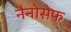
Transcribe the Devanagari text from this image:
नैनोसेफ